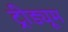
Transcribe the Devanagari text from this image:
ट्रीड्यूम